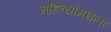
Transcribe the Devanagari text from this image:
महिन्यांमधला